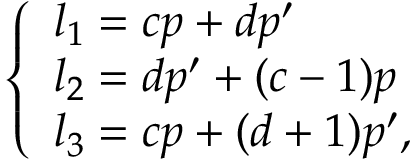
\left\{ \begin{array} { l } { { l _ { 1 } = c p + d p ^ { \prime } } } \\ { { l _ { 2 } = d p ^ { \prime } + ( c - 1 ) p } } \\ { { l _ { 3 } = c p + ( d + 1 ) p ^ { \prime } , } } \end{array} \right.